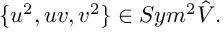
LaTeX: \{ u ^ { 2 } , u v , v ^ { 2 } \} \in S y m ^ { 2 } \hat { V } .